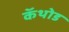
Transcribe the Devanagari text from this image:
कॅथोड